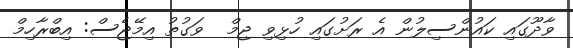
ވާދޫގައި ކައުންސިލުން އެ ރަށުގައި ހުޅިވި ޖިމް  ވަގުތު އިމޭޖެސް: އިބްރާހިމް